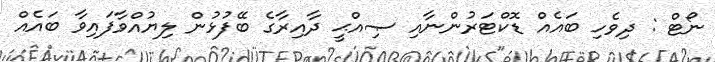
ނޯޓް : ދިވެހި ބައެއް ޑޮކްޓަރުންނާއި ޞިއްޙީ ދާއިރާގެ ބޭފުޅުން ލިޔުއްވާފައިވާ ބައެއް